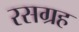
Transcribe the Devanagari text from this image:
रसग्रह